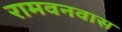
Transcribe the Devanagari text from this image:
रामवनवास